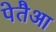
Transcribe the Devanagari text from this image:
पेतैआ